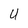
Character: U